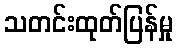
သတင်းထုတ်ပြန်မှု